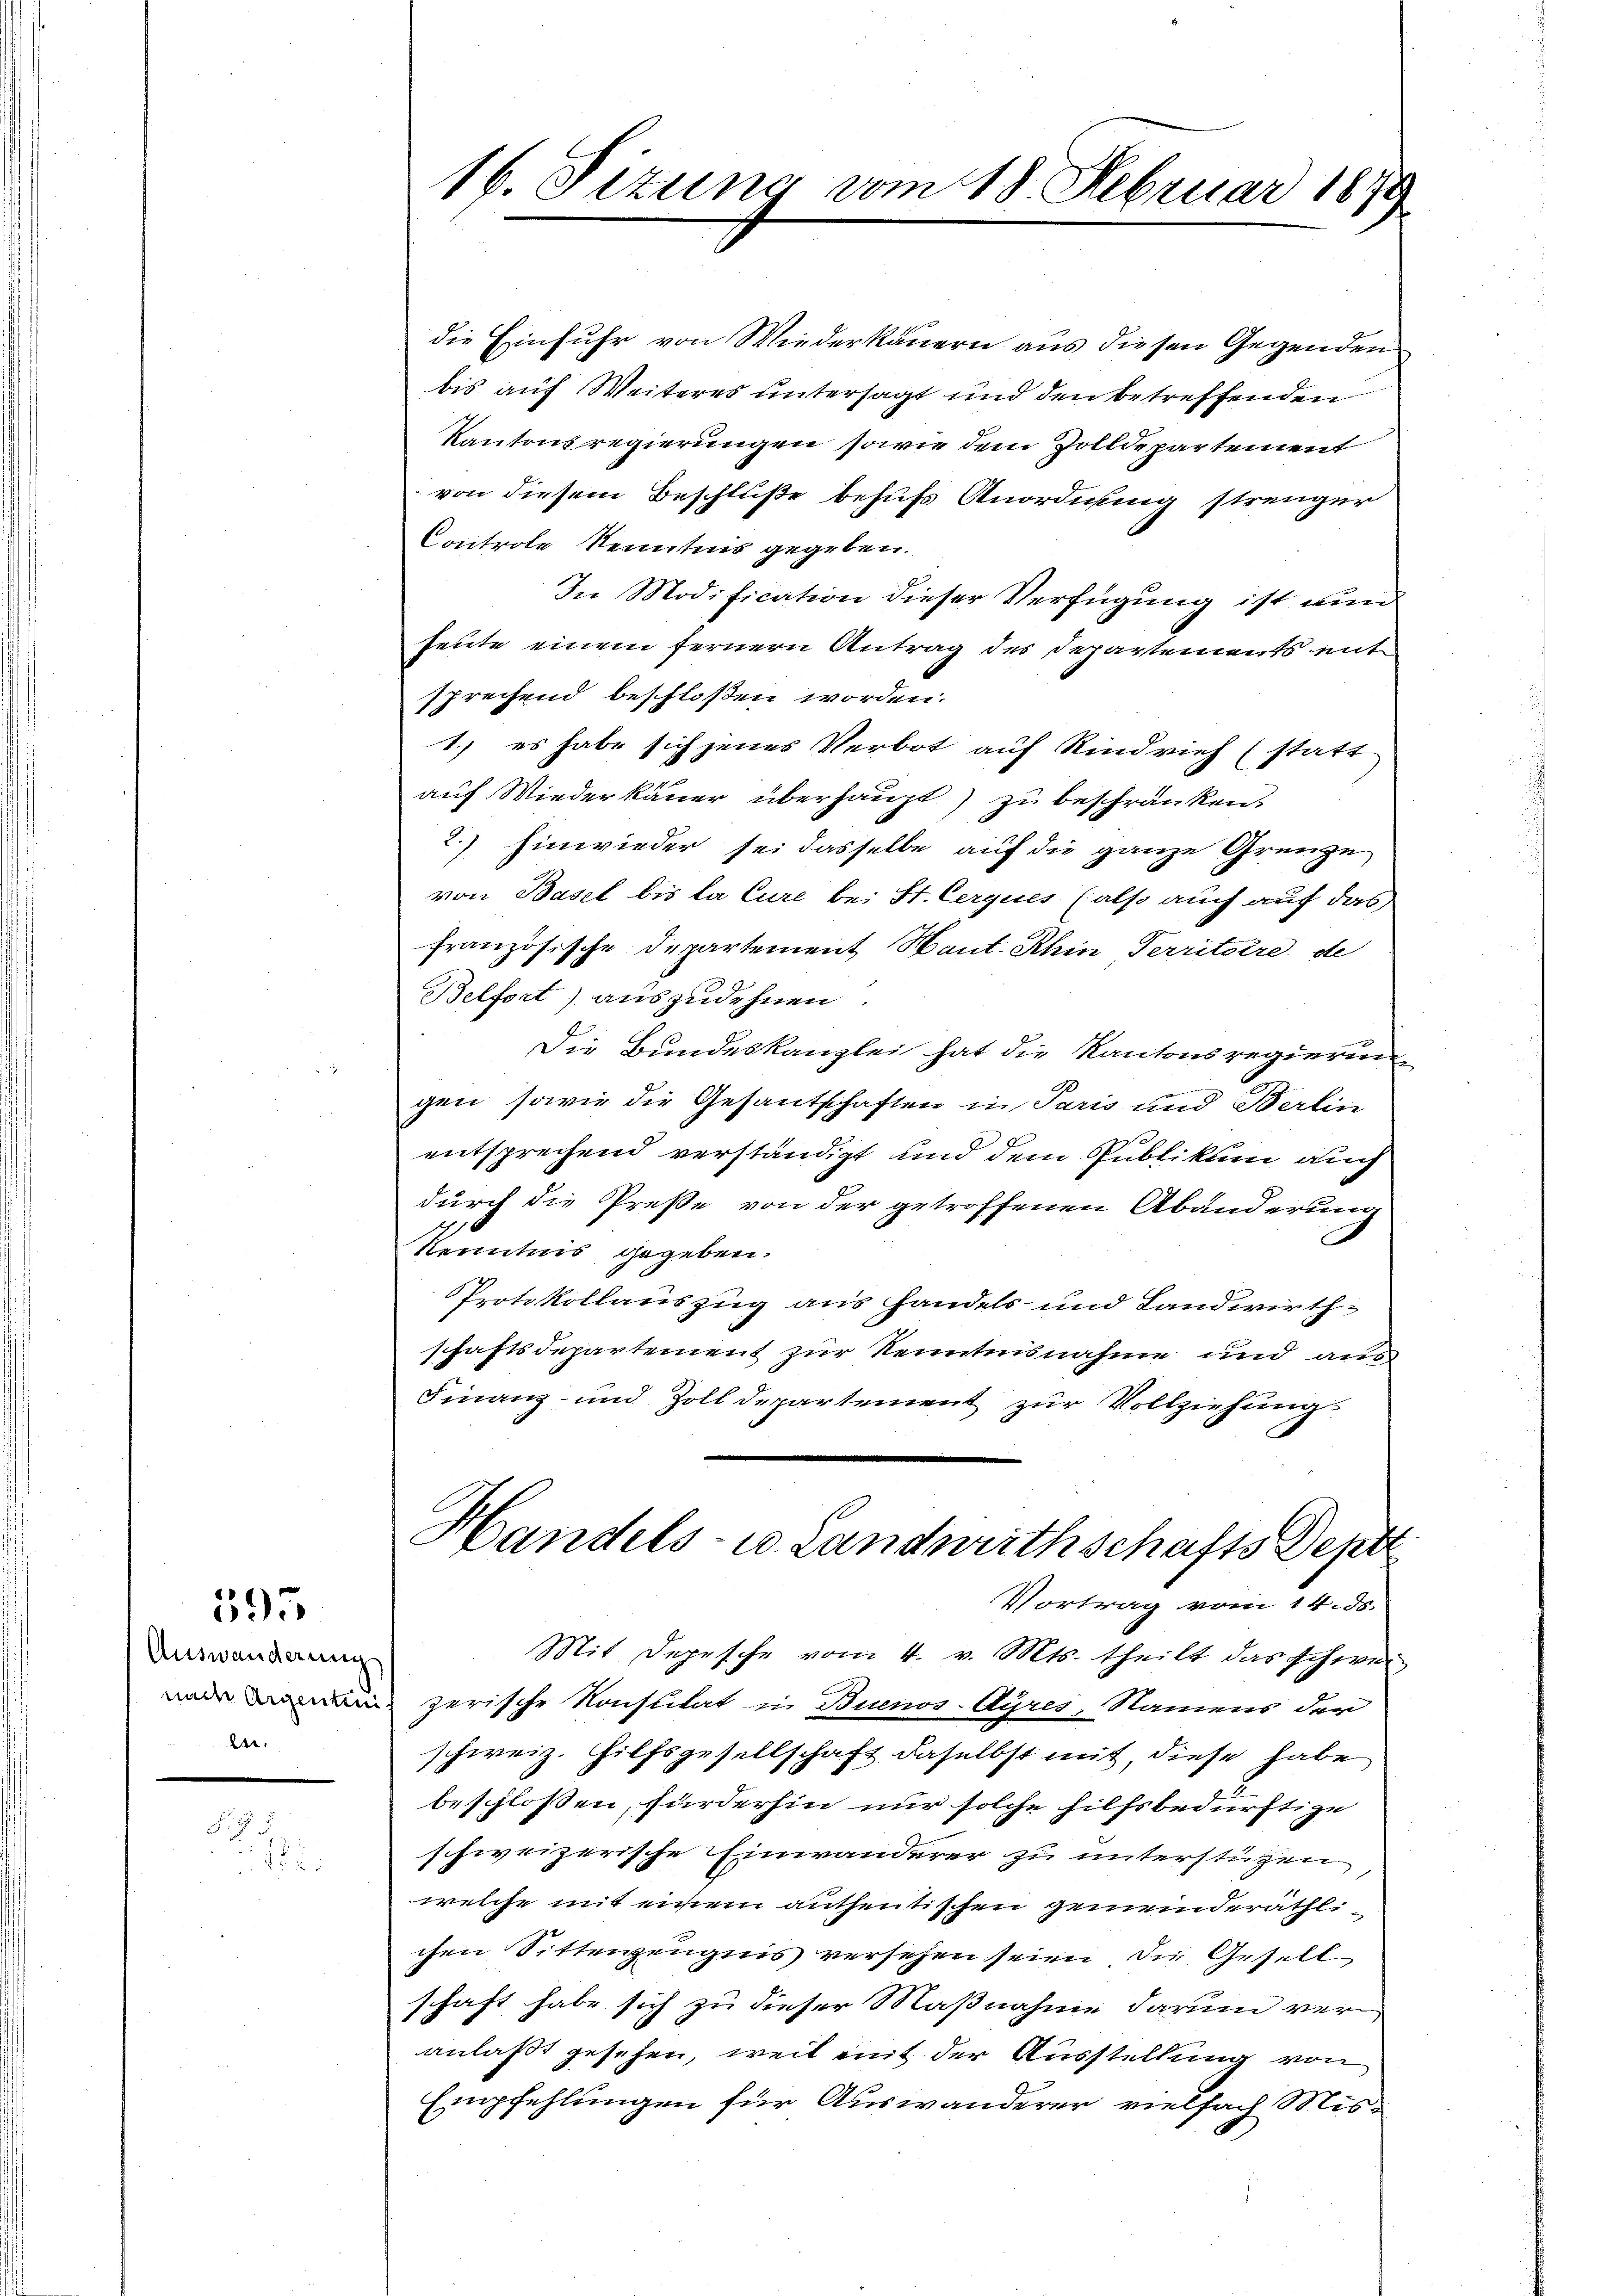
595

Auswanderung
en.

i

.

16. Sizung vom 18. Februar 1879

die Einfuhr von Wiederkauern aus diesen Gegenden
bis auf Weiteres untersagt und den betreffenden
Kantonsregierungen sowie dem Zolldepartement
von diesem Beschluße behufs Anordnung strenger
Controle Kenntnis gegeben.
In Modification dieser Verfügung ist nun
heute einem fernern Antrag des Departements mit
sprechend beschloßen worden.
1.) es habe sich jenes Verbot auf Rindvieh (statt
auf Wiederkauer überhaupt) zu beschränken.
2.) Einwieder sei dasselbe auf die ganze Grenze
von Basel bis la Cure bei St. Cerques (also auch auf das
französische Departement Hant. Rhin Territoire, de
Belfort) auszudehnen.
Die Bundeskanzlei hat die Kantonsregierung
gen, sowie die Gesantschaften in Paris und Berlin
entsprechend verständigt und dem Publikum auch
durch die Presse von der getroffenen Abänderung
Kenntnis gegeben.
PProtokollauszug aus handels- und Landwirthschaftsdepartement zur Kenntnisnahme und aus
Finanz- und Zolldepartement zur Vollziehung
Handels- u. Landwirthschafts Sept
Vortrag vom 14. ds.
Mit Depesche vom 4. v. Mts. theilt das schweinade zerische Konsulat in Buenos-Ayres, Namens der
schweiz. Hilfsgesellschaft daselbst mit, diese habe
beschlossen, fürderhin nur solche hilfsbedürftige
schweizerische Einwanderer zu unterstüzen
welche mit einem antheitischen gemeinderäthlichen Sittenzeugnis versehen seien, die Gesell
schaft habe sich zu dieser Maßnahme darum veranlaßt gesehen, weil mit der Ausstellung von
Empfehlungen für Auswanderer vielfach Mis¬